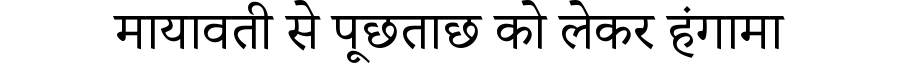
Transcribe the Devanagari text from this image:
मायावती से पूछताछ को लेकर हंगामा